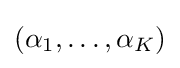
(\alpha _{1},\ldots ,\alpha _{K})